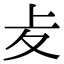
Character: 𠧔